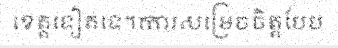
ខេត្តទៀតទេ។ការសម្រេចចិត្តបែប